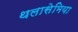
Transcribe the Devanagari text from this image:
थलासेमिया